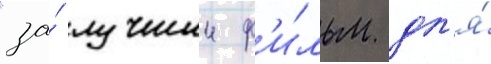
"за́ лучшии ф'и́льм дл'я́